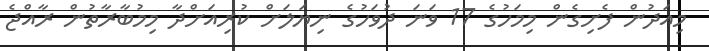
މިއަދުން ފެށިގެން މިމަހުގެ 17 ވަނަ ދުވަހުގެ ނިޔަލަށް ކުރިއަށްދާ މިމުބާރާތުން ރާއްޖެ